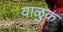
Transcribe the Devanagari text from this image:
वाळुक